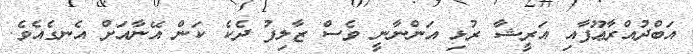
އަބްދުއްރާޢޫފާއި އަރީޝާ ރުޅި އަންނާނީ ވެސް ޒާލިފު ދެކެ ކަން އޭނާއަށް އެނގެއެވެ.